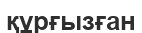
құрғызған